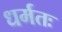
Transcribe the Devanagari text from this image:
धर्मतः